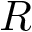
R